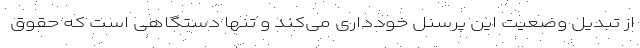
از تبدیل وضعیت این پرسنل خودداری می‌کند و تنها دستگاهی است که حقوق